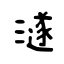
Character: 澻